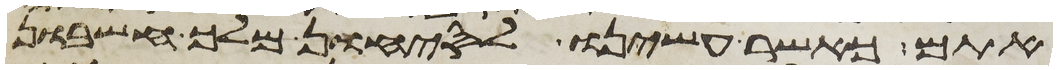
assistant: אתם כאשר עשינו לסיחון מלך חשבון